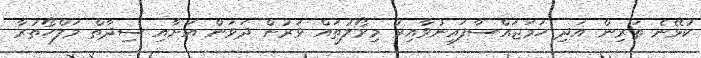
ކުޅޭނެ ތަރިން އަދި ހަމަޖައްސާފައިނުވާއިރު މިރޯލުތައް ވަރުން ދަވަން އަށާއި ސިދާތް މަލްހޯތުރާ